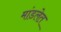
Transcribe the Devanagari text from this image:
मांडलेत